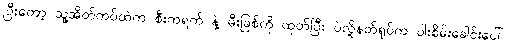
ပြီးတော့ သူ့အိတ်ကပ်ထဲက စီးကရက် နဲ့ မီးခြစ်ကို ထုတ်ပြီး ပဲလို့နတ်ရုပ်က ဝါးစိမ်းခေါင်းပေါ်